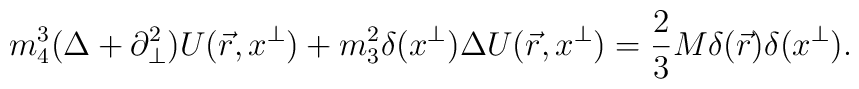
m_4^3(\Delta+\partial_\perp^2)U(\vec{r},x^\perp)+m_3^2\delta(x^\perp)\Delta U(\vec{r},x^\perp)=\frac{2}{3}M\delta(\vec{r})\delta(x^\perp).